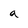
Character: a